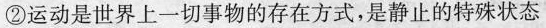
②运动是世界上一切事物的存在方式，是静止的特殊状态